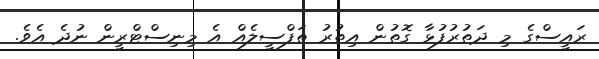
ރައީސްގެ މި ދަތުުރުފުޅާ ގޮތުން އިތުރު ތަފްސީލެއް އެ މިނިސްޓްރީން ނުދެ އެވެ.